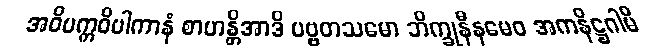
အဝိပက္ကဝိပါကာနံ စာဟန္တိအာဒိ ပဗ္ဗတသမော ဘိက္ခုနီနမေဝ အကနိဋ္ဌဂါမီ